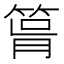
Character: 𥮪